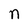
Character: n